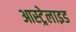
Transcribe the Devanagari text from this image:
आस्ट्रेलाइड